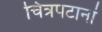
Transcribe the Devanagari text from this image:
चित्रपटानां